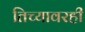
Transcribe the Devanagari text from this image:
तिच्यावरही